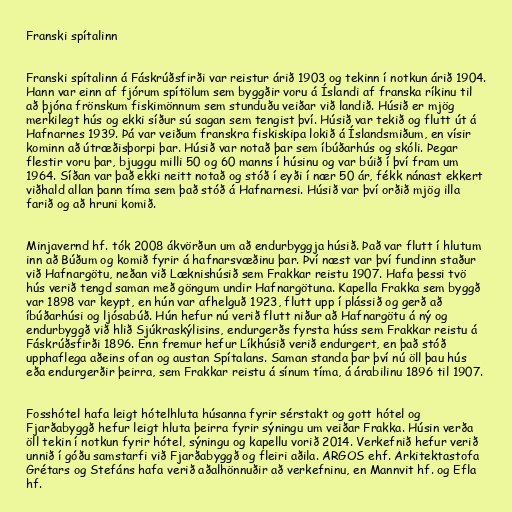
Franski spítalinn

Franski spítalinn á Fáskrúðsfirði var reistur árið 1903 og tekinn í notkun árið 1904.
Hann var einn af fjórum spítölum sem byggðir voru á Íslandi af franska ríkinu til
að þjóna frönskum fiskimönnum sem stunduðu veiðar við landið. Húsið er mjög
merkilegt hús og ekki síður sú sagan sem tengist því. Húsið var tekið og flutt út á
Hafnarnes 1939. Þá var veiðum franskra fiskiskipa lokið á Íslandsmiðum, en vísir
kominn að útræðisþorpi þar. Húsið var notað þar sem íbúðarhús og skóli. Þegar
flestir voru þar, bjuggu milli 50 og 60 manns í húsinu og var búið í því fram um
1964. Síðan var það ekki neitt notað og stóð í eyði í nær 50 ár, fékk nánast ekkert
viðhald allan þann tíma sem það stóð á Hafnarnesi. Húsið var því orðið mjög illa
farið og að hruni komið.

Minjavernd hf. tók 2008 ákvörðun um að endurbyggja húsið. Það var flutt í hlutum
inn að Búðum og komið fyrir á hafnarsvæðinu þar. Því næst var því fundinn staður
við Hafnargötu, neðan við Læknishúsið sem Frakkar reistu 1907. Hafa þessi tvö
hús verið tengd saman með göngum undir Hafnargötuna. Kapella Frakka sem byggð
var 1898 var keypt, en hún var afhelguð 1923, flutt upp í plássið og gerð að
íbúðarhúsi og ljósabúð. Hún hefur nú verið flutt niður að Hafnargötu á ný og
endurbyggð við hlið Sjúkraskýlisins, endurgerðs fyrsta húss sem Frakkar reistu á
Fáskrúðsfirði 1896. Enn fremur hefur Líkhúsið verið endurgert, en það stóð
upphaflega aðeins ofan og austan Spítalans. Saman standa þar því nú öll þau hús
eða endurgerðir þeirra, sem Frakkar reistu á sínum tíma, á árabilinu 1896 til 1907.

Fosshótel hafa leigt hótelhluta húsanna fyrir sérstakt og gott hótel og
Fjarðabyggð hefur leigt hluta þeirra fyrir sýningu um veiðar Frakka. Húsin verða
öll tekin í notkun fyrir hótel, sýningu og kapellu vorið 2014. Verkefnið hefur verið
unnið í góðu samstarfi við Fjarðabyggð og fleiri aðila. ARGOS ehf. Arkitektastofa
Grétars og Stefáns hafa verið aðalhönnuðir að verkefninu, en Mannvit hf. og Efla
hf.